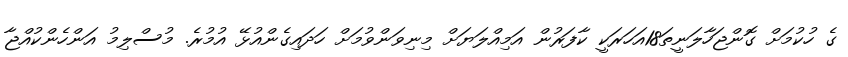
ގެ ހުކުމަށް ގޮންޖަހާލަނީތަ18އަހަރަކީ ކާފަރުން އަމިއްލަޔަށް މިނިވަންވުމަށް ހަދައިގެންއުޅޭ އުމުރެ. މުސްލިމު އަންހެންކުއްޖާ